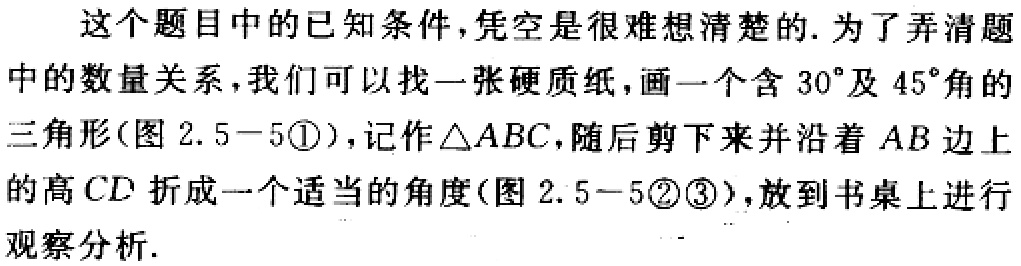
这个题目中的已知条件,凭空是很难想清楚的. 为了弄清题

中的数量关系,我们可以找一张硬质纸,画一个含 \(30^{\circ}\)及 \(45^{\circ}\)角的

三角形(图 2.5 - 5\textcircled{1}),记作\(\triangle ABC\),随后剪下来并沿着 \(AB\)边上

的高 \(CD\)折成一个适当的角度(图 2.5 - 5\textcircled{2}\textcircled{3}),放到书桌上进行

观察分析.